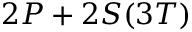
2 P + 2 S ( 3 T )